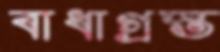
বাধাগ্রস্ত